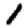
Digit: 1